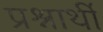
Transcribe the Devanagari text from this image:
प्रश्नार्थी